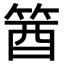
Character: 𥭛